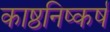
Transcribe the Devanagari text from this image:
काष्ठनिष्कर्ष